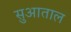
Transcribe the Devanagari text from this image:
सुआताल